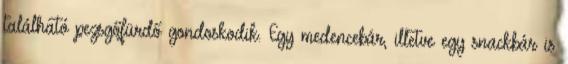
található pezsgőfürdő gondoskodik. Egy medencebár, illetve egy snackbár is